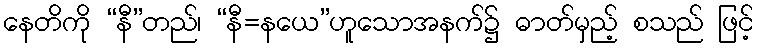
နေတိကို “နီ”တည်၊ “နီ=နယေ”ဟူသောအနက်၌ ဓာတ်မှည့် စသည် ဖြင့်